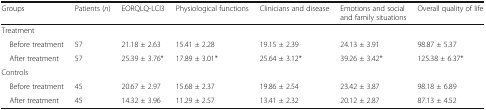
<table><thead><tr><td><b>Groups</b></td><td><b>Patients (<i>n</i>)</b></td><td><b>EORQLQ-LCl3</b></td><td><b>Physiological functions</b></td><td><b>Clinicians and disease</b></td><td><b>Emotions and social and family situations</b></td><td><b>Overall quality of life</b></td></tr></thead><tbody><tr><td>Treatment</td><td></td><td></td><td></td><td></td><td></td><td></td></tr><tr><td> Before treatment</td><td>57</td><td>21.18 ± 2.63</td><td>15.41 ± 2.28</td><td>19.15 ± 2.39</td><td>24.13 ± 3.91</td><td>98.87 ± 5.37</td></tr><tr><td> After treatment</td><td>57</td><td>25.39 ± 3.76*</td><td>17.89 ± 3.01*</td><td>25.64 ± 3.12*</td><td>39.26 ± 3.42*</td><td>125.38 ± 6.37*</td></tr><tr><td>Controls</td><td></td><td></td><td></td><td></td><td></td><td></td></tr><tr><td> Before treatment</td><td>45</td><td>20.67 ± 2.97</td><td>15.68 ± 2.37</td><td>19.86 ± 2.54</td><td>23.42 ± 3.87</td><td>98.18 ± 6.89</td></tr><tr><td> After treatment</td><td>45</td><td>14.32 ± 3.96</td><td>11.29 ± 2.57</td><td>13.41 ± 2.32</td><td>20.12 ± 2.87</td><td>87.13 ± 4.52</td></tr></tbody></table>